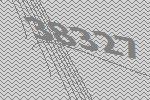
38327